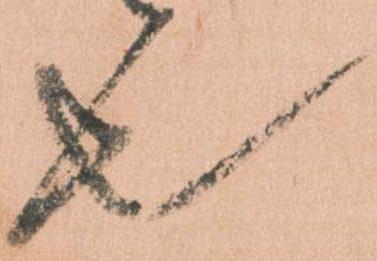
也